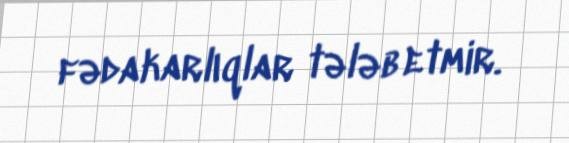
fədakarlıqlar tələb etmir.